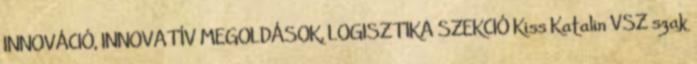
INNOVÁCIÓ, INNOVATÍV MEGOLDÁSOK, LOGISZTIKA SZEKCIÓ Kiss Katalin VSZ szak